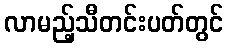
လာမည့်သီတင်းပတ်တွင်